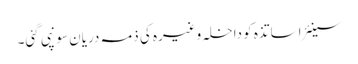
سینئر اساتذہ کو داخلہ وغیرہ کی ذمہ دریان سونپی گئی۔